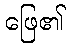
ဖြေ၏